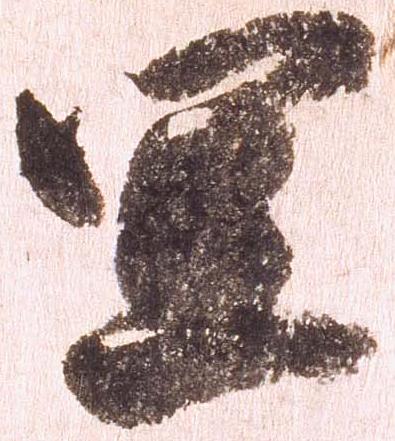
宣